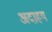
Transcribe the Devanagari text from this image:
अदाहय